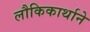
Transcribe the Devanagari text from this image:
लौकिकार्थाने